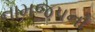
નામજપનો